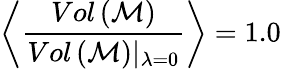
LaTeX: \left<\frac{Vol\left(\mathcal{M}\right)}{Vol\left(\mathcal{M}\right)\vert_{\lambda=0}}\right>=1.0